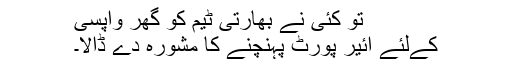
تو کئی نے بھارتی ٹیم کو گھر واپسی
کےلئے ائیر پورٹ پہنچنے کا مشورہ دے ڈالا۔